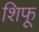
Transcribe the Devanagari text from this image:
शिफू